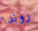
روندا